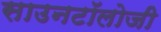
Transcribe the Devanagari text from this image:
साउनटॉलोजी